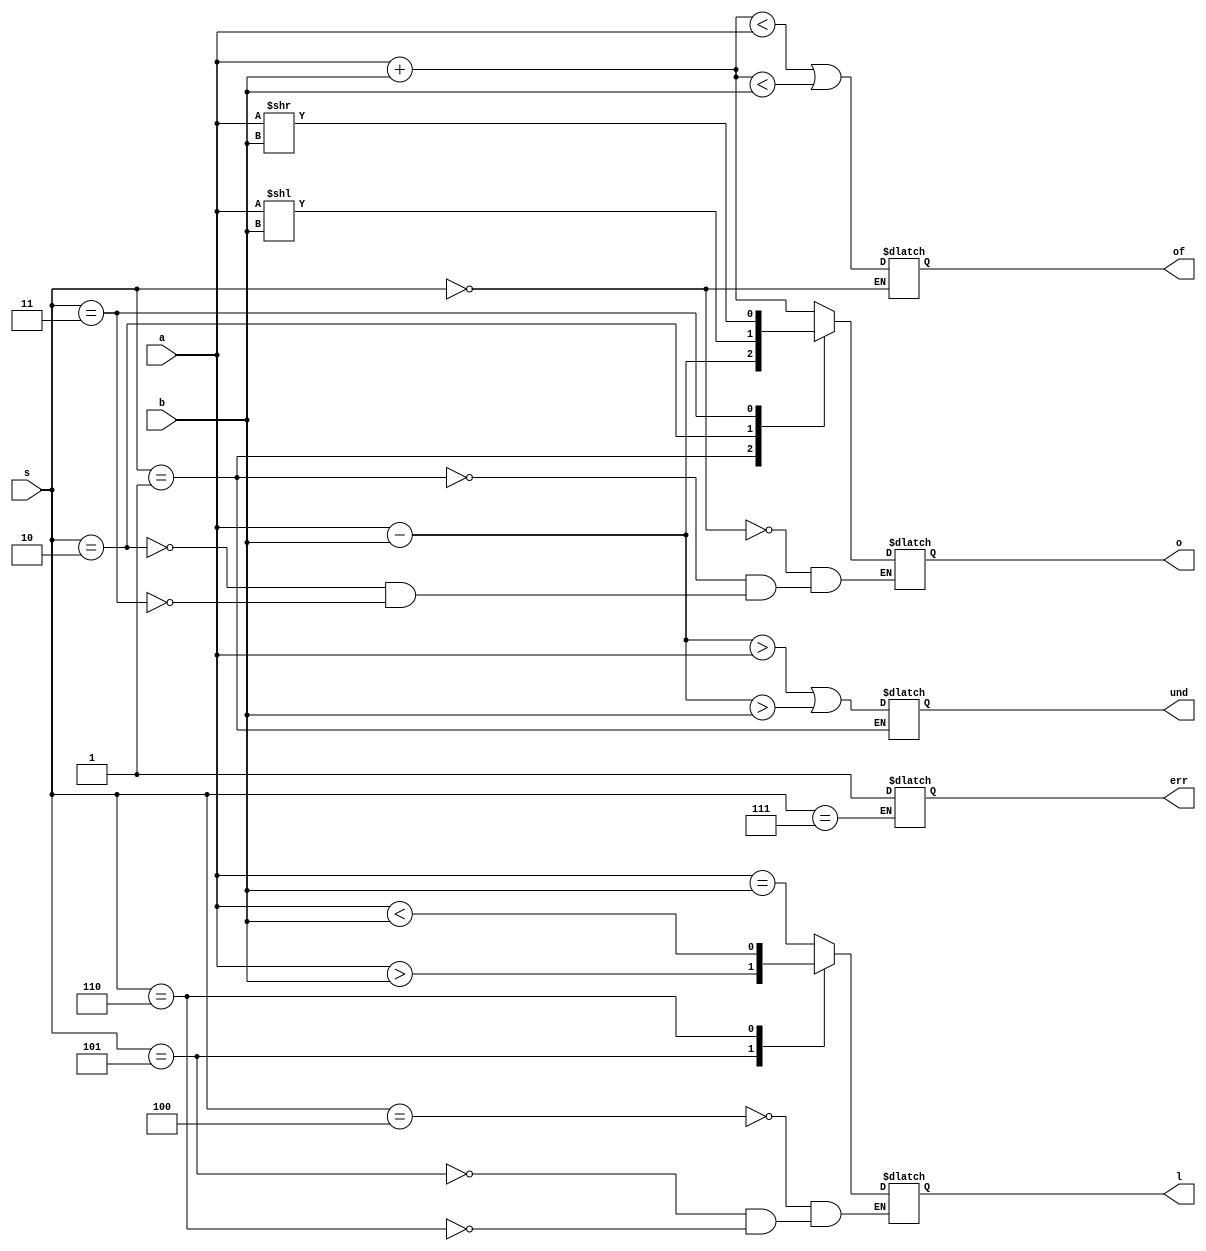
`timescale 1ns / 1ps

module ALU #(
    parameter length = 1
)(
    input [length-1:0] a,
    input [length-1:0] b,
    input [3:0] s,
    output reg [length-1:0] o,
    output reg err,
    output reg l,
    output reg und,
    output reg of
);

    always @(*) begin
        case(s)
            0: begin
                o = a + b;
                of = (o < a) || (o < b);
            end
            1: begin
                o = a - b;
                und = (o > a) || (o > b);
            end
            2: begin
                o = a << b;
            end
            3: begin
                o = a >> b;
            end
            4: begin
                l = (a == b);
            end
            5: begin
                l = (a > b);
            end
            6: begin
                l = (a < b);
            end
            7: begin
                err = 1;
            end
        endcase
    end

endmodule

module MLT #(
    parameter length = 1
)(
    input [length-1:0] a,
    input [length-1:0] b,
    output [length-1:0] o
);

    reg [length-1:0] sum;
    reg [length-1:0] alua;
    reg [length-1:0] alub;
    reg [3:0] s;
    wire [length-1:0] alu_result;
    wire err, l, und, of;
    integer i;

    ALU #(length) alu (
        .a(alua),
        .b(alub),
        .s(s),
        .o(alu_result),
        .err(err),
        .l(l),
        .und(und),
        .of(of)
    );

    always @(*) begin
        sum = 0;
        for (i = 0; i < length; i = i + 1) begin
            if (b[i]) begin
                #10;
                alua = a;
                alub = i;
                s = 2;
                #10;
                alua = sum;
                alub = alu_result;
                s = 0;
                #10;
                sum = alu_result;
            end
        end
    end

    assign o = sum;
endmodule

module tb;

    parameter length = 32;

    reg [length-1:0] a;
    reg [length-1:0] b;
    wire [length-1:0] o;

    initial begin
        #10;
        a = 3;
        b = 12;
    end

    MLT #(length) mlt (
        .a(a),
        .b(b),
        .o(o)
    );

endmodule